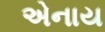
એનાય